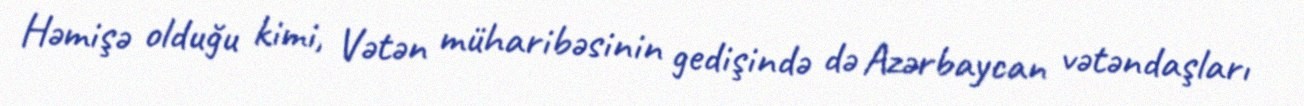
Həmişə olduğu kimi, Vətən müharibəsinin gedişində də Azərbaycan vətəndaşları